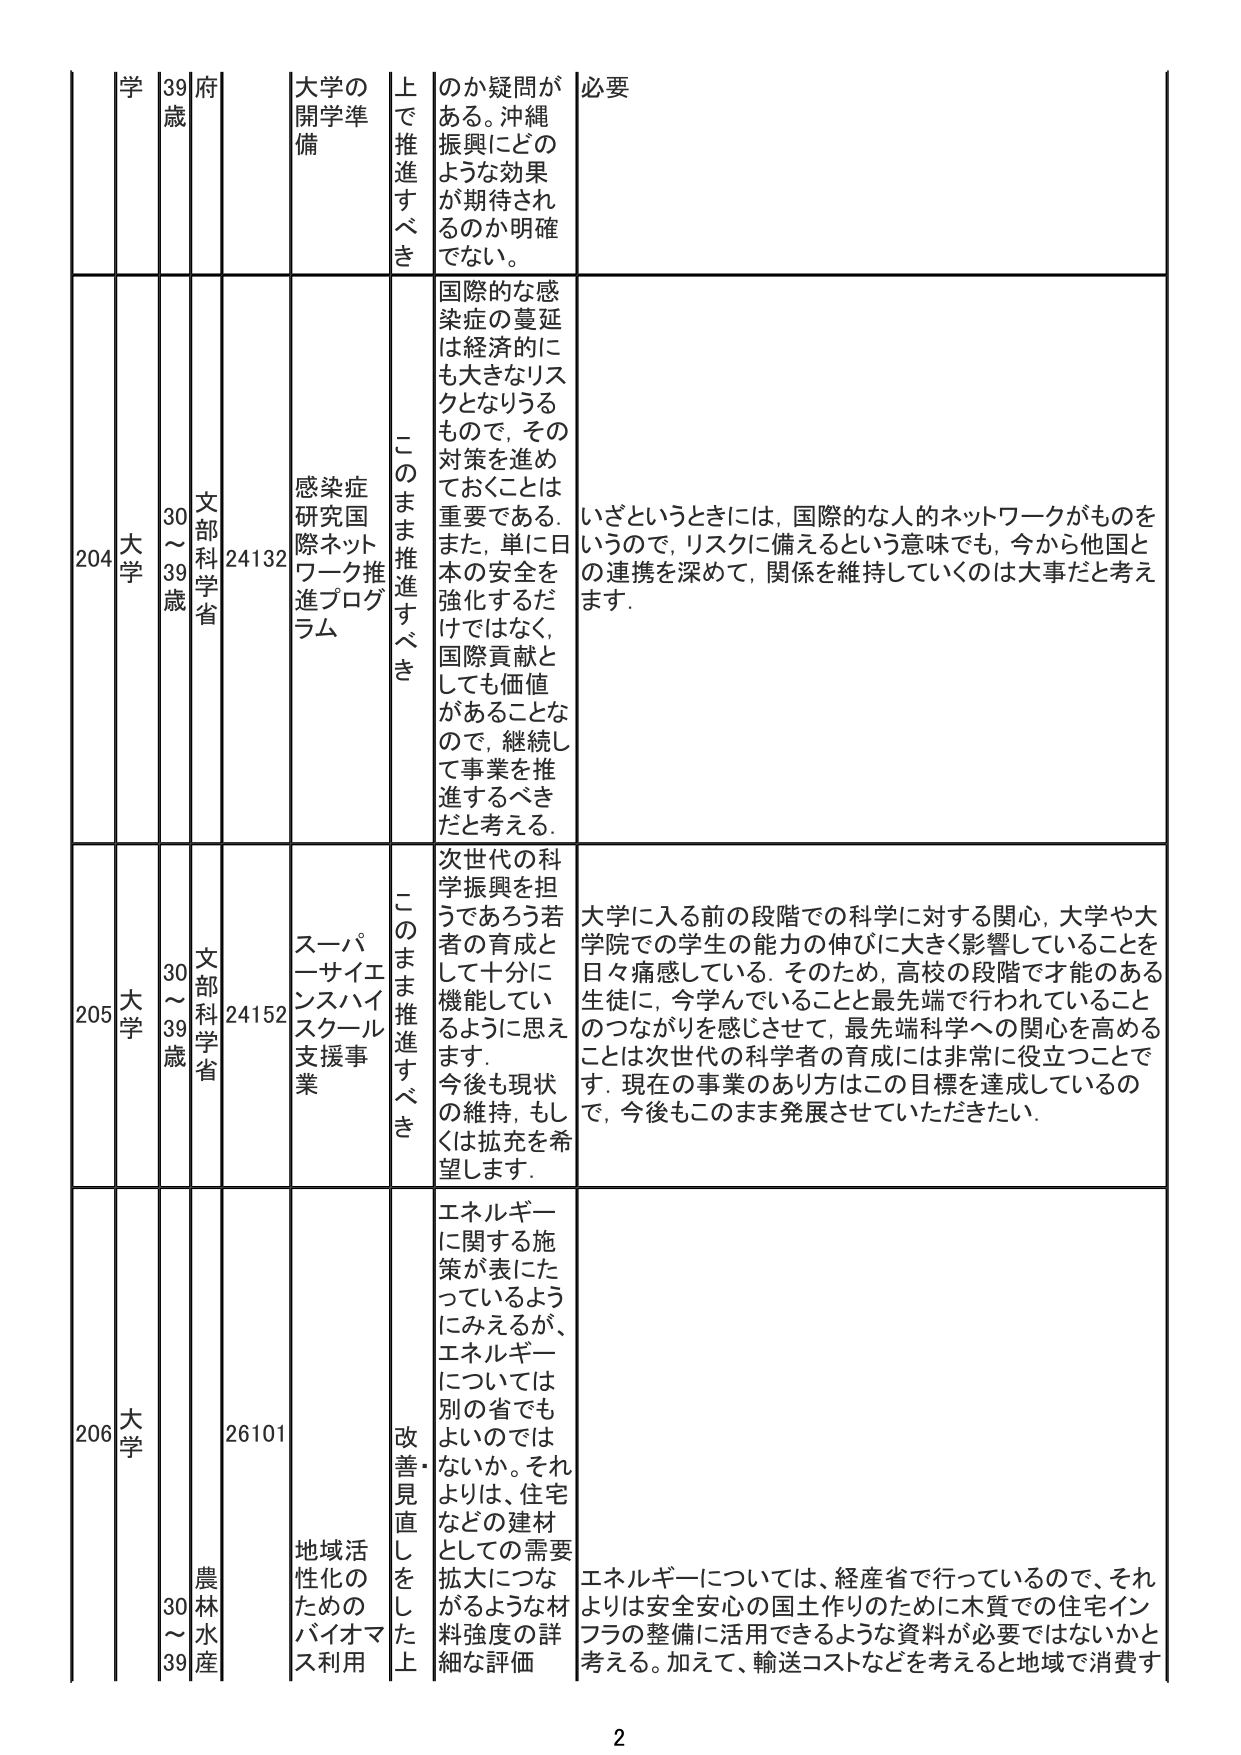
学 39歳 府 大学の開学準備 上で推進すべき のか疑問がある。沖縄振興にどのような効果が期待されるのか明確でない。 必要

204 大学 30～39歳 文部科学省 24132 感染症研究国際ネットワーク推進プログラム このまま推進すべき 国際的な感染症の蔓延は経済的にも大きなリスクとなりうるもので、その対策を進めておくことは重要である。また、単に日本の安全を強化するだけではなく、国際貢献としても価値があることなので、継続して事業を推進するべきだと考える。 いざというときには、国際的な人的ネットワークがものをいうので、リスクに備えるという意味でも、今から他国との連携を深めて、関係を維持していくのは大事だと考えます。

205 大学 30～39歳 文部科学省 24152 スーパーサイエンスハイスクール支援事業 このまま推進すべき 次世代の科学振興を担うであろう若者の育成として十分に機能しているように思います。今後も現状の維持、もしくは拡充を希望します。 大学に入る前の段階での科学に対する関心、大学や大学院での学生の能力の伸びに大きく影響していることを日々痛感している。そのため、高校の段階で才能のある生徒に、今学んでいることと最先端で行われていることのつながりを感じさせて、最先端科学への関心を高めることは次世代の科学者の育成には非常に役立つことです。現在の事業のあり方はこの目標を達成しているので、今後もこのまま発展させていただきたい。

206 大学 30～39歳 農林水産 26101 地域活性化のためのバイオマス利用 改善・見直しをした上 エネルギーに関する施策が表にたっているようにみえるが、エネルギーについては別の省でもよいのではないか。それよりは、住宅などの建材としての需要拡大につながるような材料強度の詳細な評価 エネルギーについては、経産省で行っているので、それよりは安全安心の国土作りのために木質での住宅インフラの整備に活用できるような資料が必要ではないかと考える。加えて、輸送コストなどを考えると地域で消費す

2